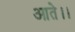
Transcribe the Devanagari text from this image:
आते।।